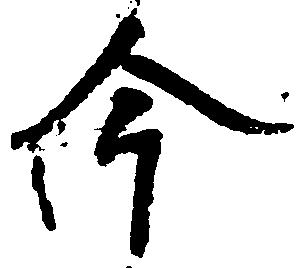
今